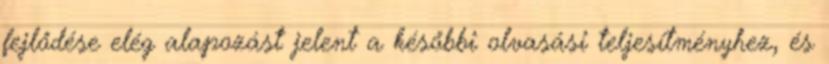
fejlődése elég alapozást jelent a későbbi olvasási teljesítményhez, és